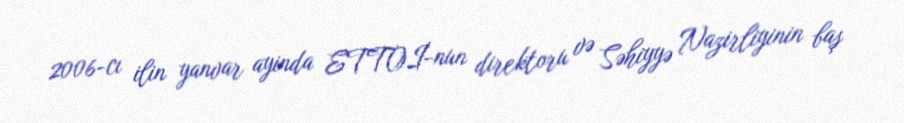
2006-cı ilin yanvar ayinda ETTOİ-nun direktoru və Səhiyyə Nazirliyinin baş